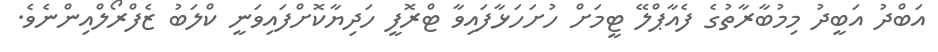
އަބްދު އަބީދު މިމުބާރާތުގެ ފެއާޕްލޭ ޓީމަށް ހުށަހަޅާފައިވާ ޓްރޮފީ ހަދިޔާކޮށްފައިވަނީ ކްލަބު ޒެފްރޯލްއިންނެވެ.